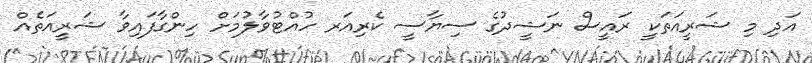
އަދި މި ޝަރީއަތަކީ ރައީސް ނަޝީދުގެ ސިޔާސީ ކެރިއަރ ހުއްޓުވާލުމަށް ހިންގާފައިވާ ޝަރީއަތެއް